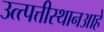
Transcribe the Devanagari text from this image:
उत्त्पत्तीस्थानआहे